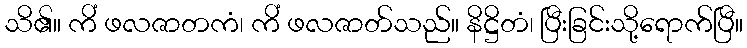
သိ၏။ ကိံ ဖလဇာတကံ၊ ကိံ ဖလဇာတ်သည်။ နိဋ္ဌိတံ၊ ပြီးခြင်းသို့ရောက်ပြီ။